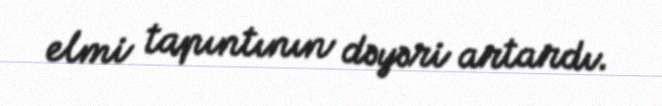
elmi tapıntının dəyəri artardı.